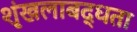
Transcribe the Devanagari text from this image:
शृंखलाबद्धता